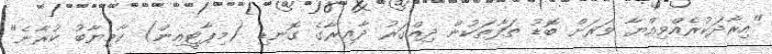
"އިރާދަކުރެއްވިއްޔާ ވަރަށް ބޮޑު ތަފާތަކުން ދިއްގަރު ދާއިރާގެ ގޮނޑި (މިޕާޓީއިން) ކާމިޔާބު ކުރާނެ"